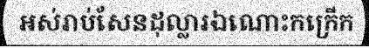
អស់រាប់សែនដុល្លារឯណោះកក្រើក